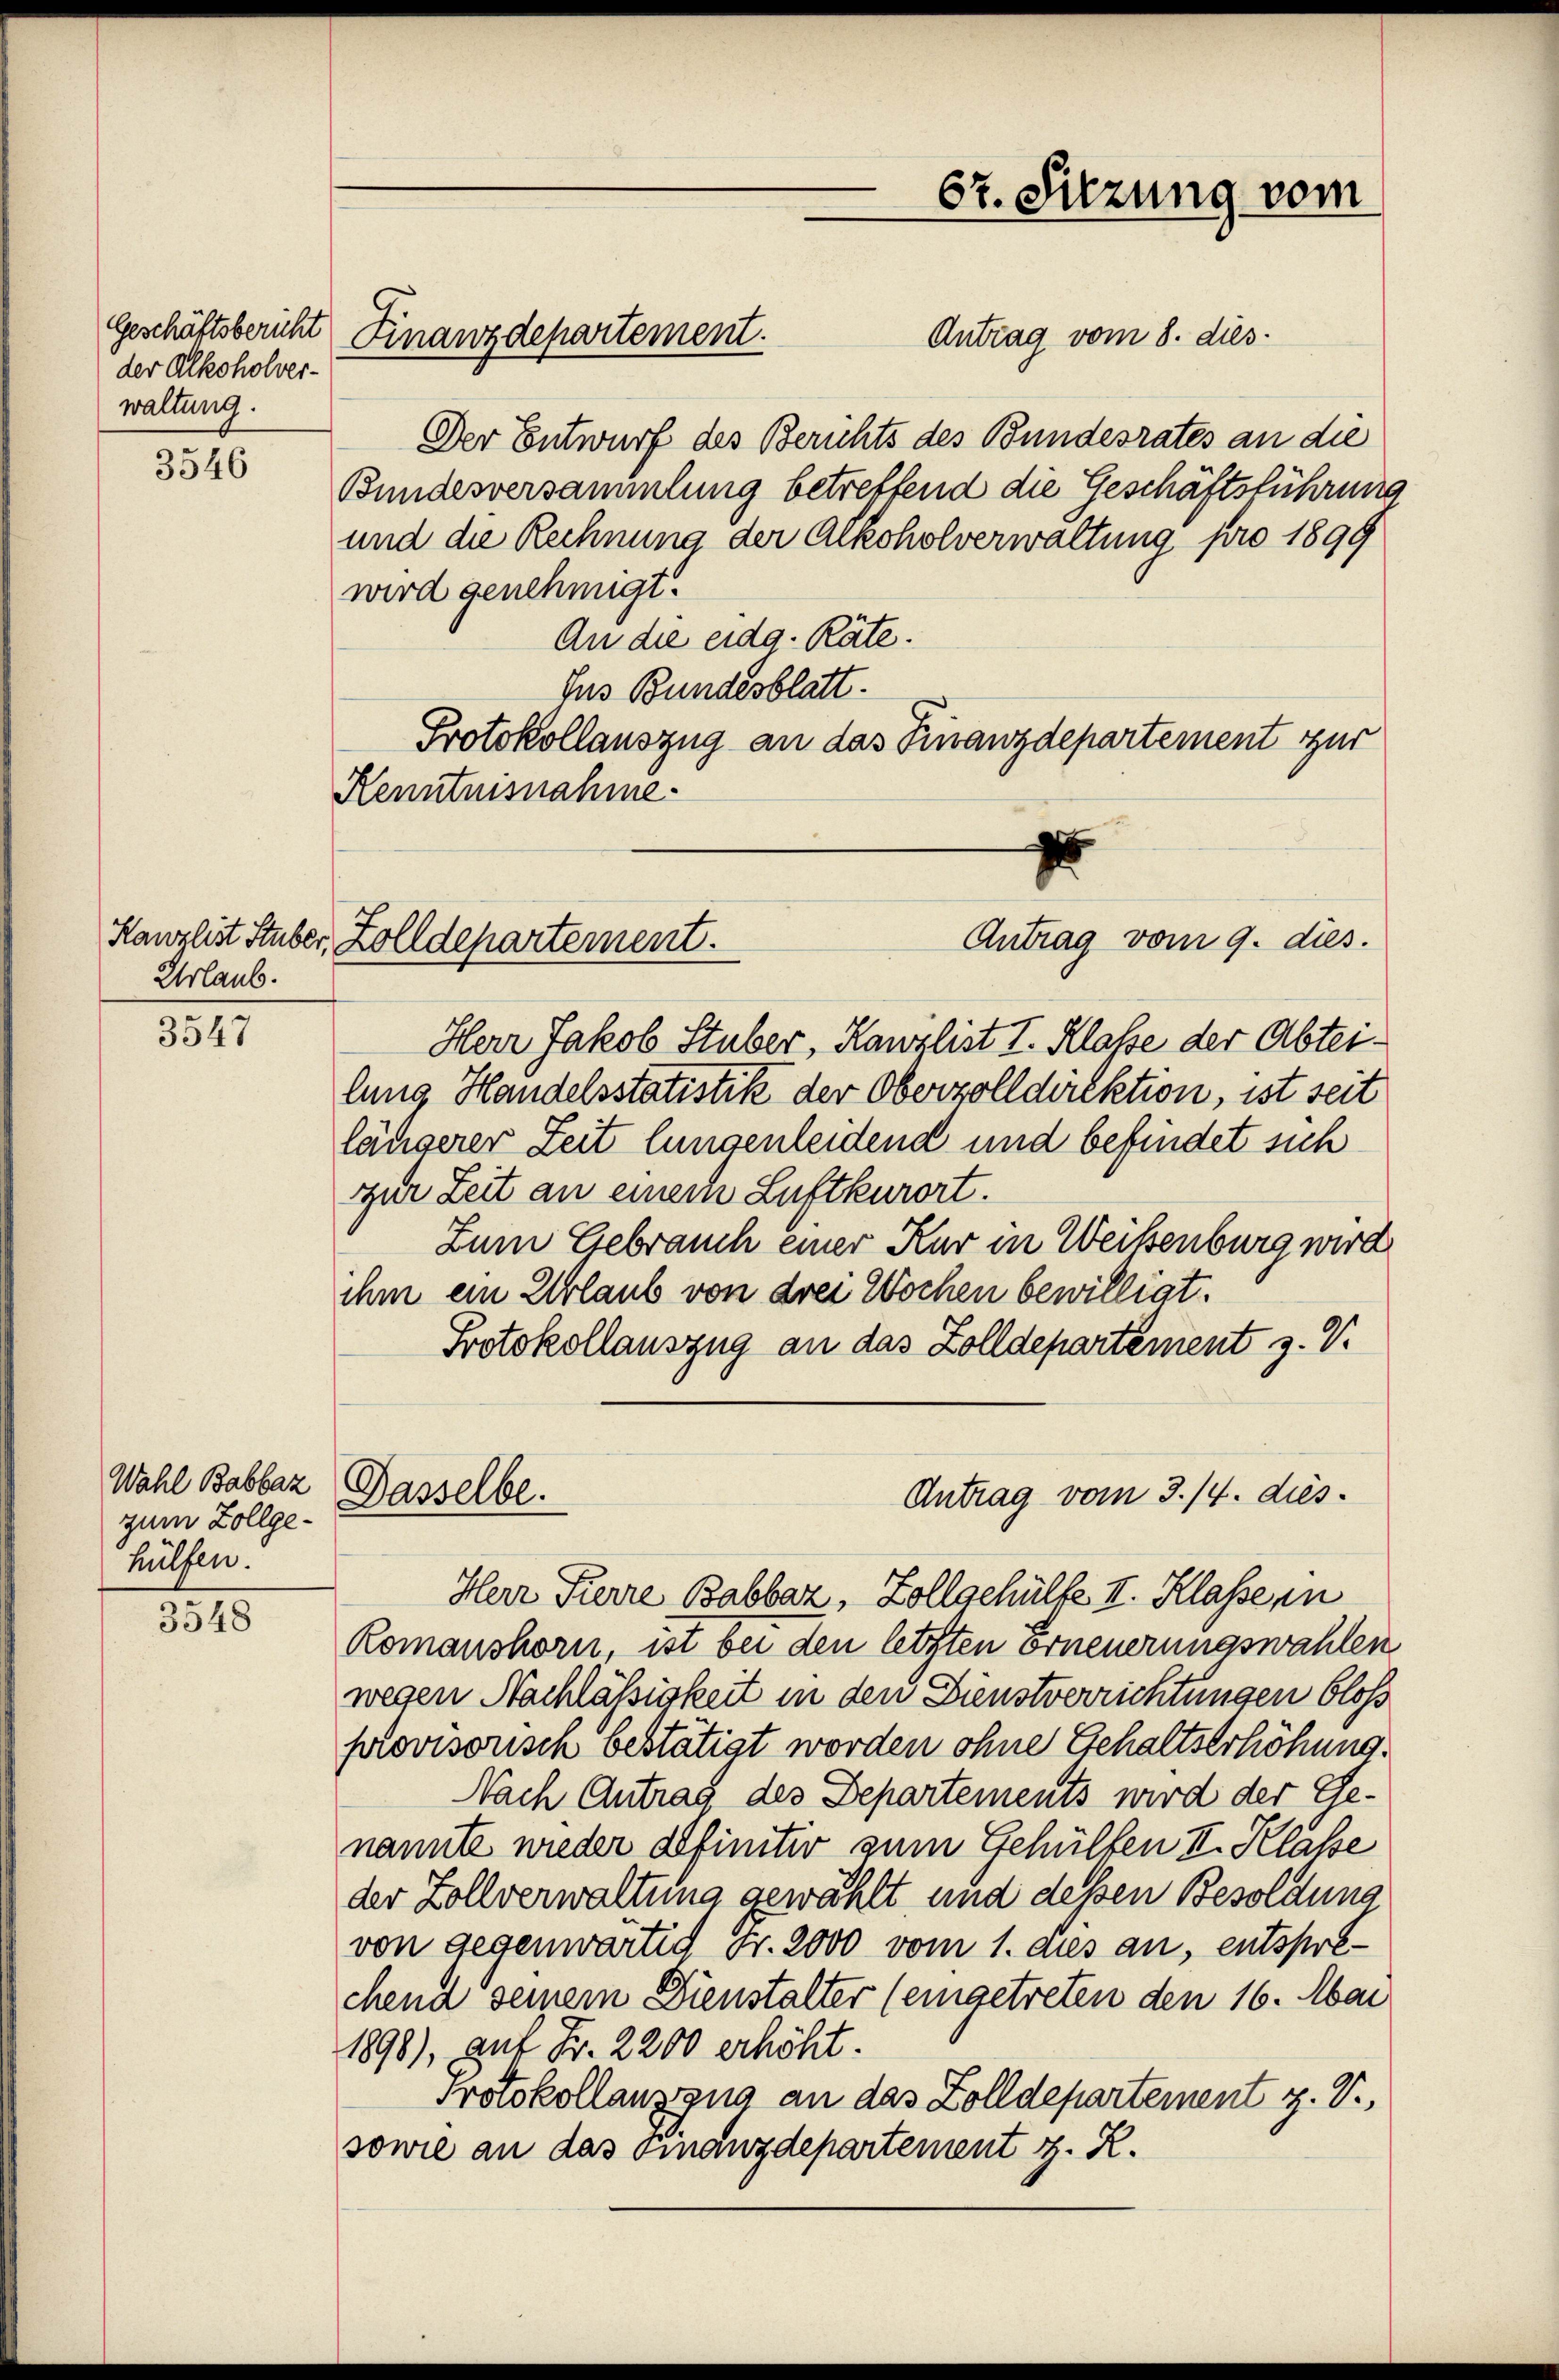
der Alkoholverwaltung.

3546

Urlaub.

3547

Wahl Babbaz
zum Zollgehülfen.

3548

Antrag vom 8. dies
Der Entwurf des Berichts des Bundesrates an die
Bundesversammlung betreffend die Geschäftsführung
und die Rechnung der Alkoholverwaltung pro 1899
wird genehmigt.
An die eidg. Räte.
Jus Bundesblatt.
Protokollauszug an das Finanzdepartement zur
Kenntnisnahme.
Herr Jakob Stuber, Kanzlist I. Klasse der Abteilung Handelsstatistik der Oberzolldirektion, ist seit
längerer Zeit lungenleidend und befindet sich
zur Zeit an einer Luftkurort.
Zum Gebrauch einer Kur in Weisenburg wird
ihm ein Urlaub von drei Wochen bewilligt.
Protokollauszug an das Zolldepartement z. V.
Antrag vom 3./4. dies
Dasselbe.
Herr Pierre Babbaz, Zollschülfe II. Klasse, in
Romanshorn, ist bei den letzten orneuerungswahlen
wegen Nachlässigkeit in den Dienstverrichtungen bloß
plovisorisch bestätigt worden ohne Gehaltserhöhung.
Nach Antrag des Departements wird der Genannte wieder definitiv zum Gehülfen II. Klasse
der Zollverwaltung gewählt und dessen Besoldung
von gegenwärtig Fr. 2000 vom 1. aus an, entsprochend seinem Dienstalter (eingetreten den 16. Mai
1898), auf Fr. 2200 erhöht.
Protokollanzzug an das Zolldepartement z. B.
sowie an das Finanzdepartement z. R.

Geschäftsbericht Finanzdepartement.

67. Sitzung vom

Antrag vom 9. dies.
Kanzlist Stuber, Zolldepartement.